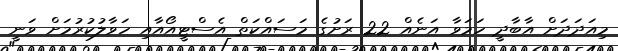
މިއަދަދަށް އާބާދީ ހަމަވާ އަނެއް 22 ރަށުގެ މަސައްކަތް އެސްޓީއޯއާއި ހަވާލުކުރުމަށް ވަނީ